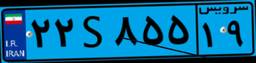
۷۷S۳۲۴۳۶